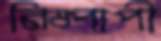
নিষ্পাপী